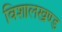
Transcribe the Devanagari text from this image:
विशालखण्ड